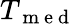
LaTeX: T_{\mathrm{~m~e~d~}}